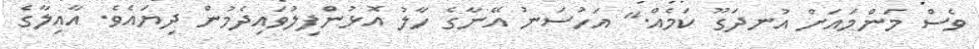
ވެސް މަންމައަށް އުނދަގޫ ކަމެއް." އަހުސަނު އޭނާގެ ހާލު އޮޅުންފިލުވައިދެމުން ދިޔައެވެ. އާއިލާގެ